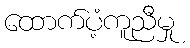
ထောက်ပံ့ကူညီမှု